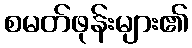
စမတ်ဖုန်းများ၏